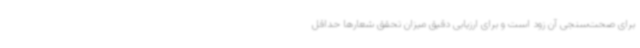
برای صحت‌سنجی آن زود است و برای ارزیابی دقیق میزان تحقق شعارها حداقل